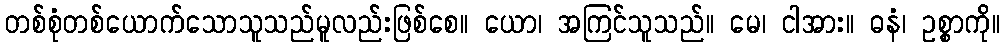
တစ်စုံတစ်ယောက်သောသူသည်မူလည်းဖြစ်စေ။ ယော၊ အကြင်သူသည်။ မေ၊ ငါအား။ ဓနံ၊ ဥစ္စာကို။